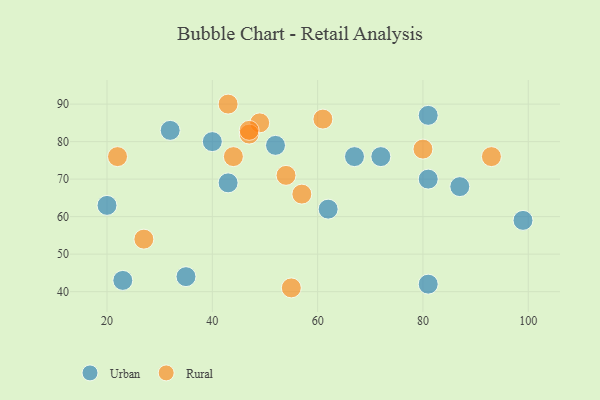
{"axis": {"x": "GDP", "y": "Life Expectancy"}, "legend": ["Rural", "Urban"], "data": [{"x": "81", "y": 87, "type": "Urban"}, {"x": "72", "y": 76, "type": "Urban"}, {"x": "62", "y": 62, "type": "Urban"}, {"x": "52", "y": 79, "type": "Urban"}, {"x": "67", "y": 76, "type": "Urban"}, {"x": "43", "y": 69, "type": "Urban"}, {"x": "40", "y": 80, "type": "Urban"}, {"x": "99", "y": 59, "type": "Urban"}, {"x": "23", "y": 43, "type": "Urban"}, {"x": "32", "y": 83, "type": "Urban"}, {"x": "81", "y": 70, "type": "Urban"}, {"x": "35", "y": 44, "type": "Urban"}, {"x": "87", "y": 68, "type": "Urban"}, {"x": "81", "y": 42, "type": "Urban"}, {"x": "20", "y": 63, "type": "Urban"}, {"x": "55", "y": 41, "type": "Rural"}, {"x": "57", "y": 66, "type": "Rural"}, {"x": "49", "y": 85, "type": "Rural"}, {"x": "47", "y": 82, "type": "Rural"}, {"x": "47", "y": 83, "type": "Rural"}, {"x": "93", "y": 76, "type": "Rural"}, {"x": "80", "y": 78, "type": "Rural"}, {"x": "27", "y": 54, "type": "Rural"}, {"x": "54", "y": 71, "type": "Rural"}, {"x": "43", "y": 90, "type": "Rural"}, {"x": "22", "y": 76, "type": "Rural"}, {"x": "44", "y": 76, "type": "Rural"}, {"x": "61", "y": 86, "type": "Rural"}]}